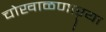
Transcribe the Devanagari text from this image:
चोखाळणाऱ्या